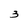
Character: 3